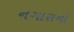
નગારાનો